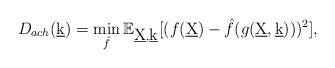
LaTeX: \begin{align*}D_{ach}(\underbar{k}) = \min_{\hat{f}}\mathbb{E}_{\underbar{X}, \underbar{k}} [(f(\underbar{X})-\hat{f}(g(\underbar{X}, \underbar{k})))^2], \end{align*}